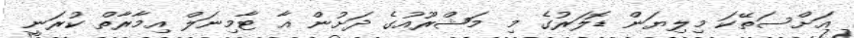
އަށްސަތޭކަ މިލިޔަން ޑޮލަރުގެ މި މަޝްރޫއުގެ ދަށުން އާ ޓާމިނަލް އިމާރާތް ކުރަނީ